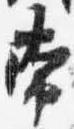
常